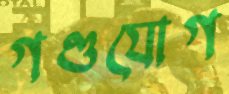
গণ্ডযোগ